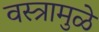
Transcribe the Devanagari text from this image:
वस्त्रामुळे